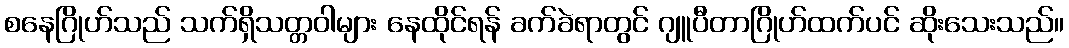
စနေဂြိုဟ်သည် သက်ရှိသတ္တဝါများ နေထိုင်ရန် ခက်ခဲရာတွင် ဂျူပီတာဂြိုဟ်ထက်ပင် ဆိုးသေးသည်။